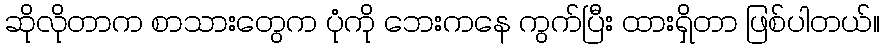
ဆိုလိုတာက စာသားတွေက ပုံကို ဘေးကနေ ကွက်ပြီး ထားရှိတာ ဖြစ်ပါတယ်။